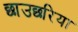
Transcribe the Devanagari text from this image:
छाउछरिया